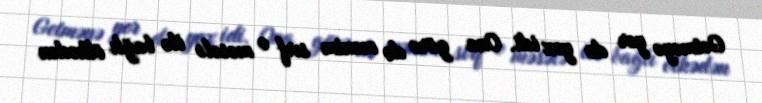
Getməyə yer də yox idi. Ona görə də mənim sırf o məsələ ilə bağlı ölkədən